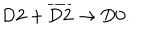
\mathrm { D } 2 + \overline { { { \mathrm { D } 2 } } } \rightarrow \mathrm { D } 0 .